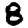
Digit: 8